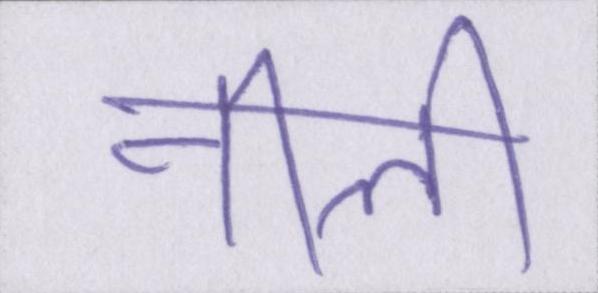
नीली